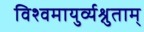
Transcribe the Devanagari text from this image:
विश्वमायुर्व्यश्नुताम्‌